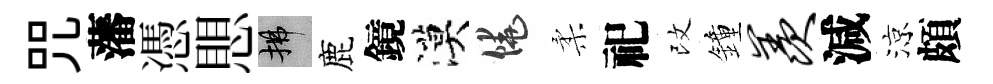
咒藩憑愳拂鹿鏡漠饒柔祀改鐘羡減涼頗